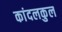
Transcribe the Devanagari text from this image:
कांदलकुल